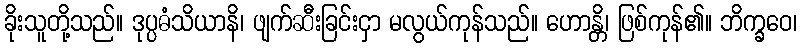
ခိုးသူတို့သည်။ ဒုပ္ပဓံသိယာနိ၊ ဖျက်ဆီးခြင်းငှာ မလွယ်ကုန်သည်။ ဟောန္တိ၊ ဖြစ်ကုန်၏။ ဘိက္ခဝေ၊